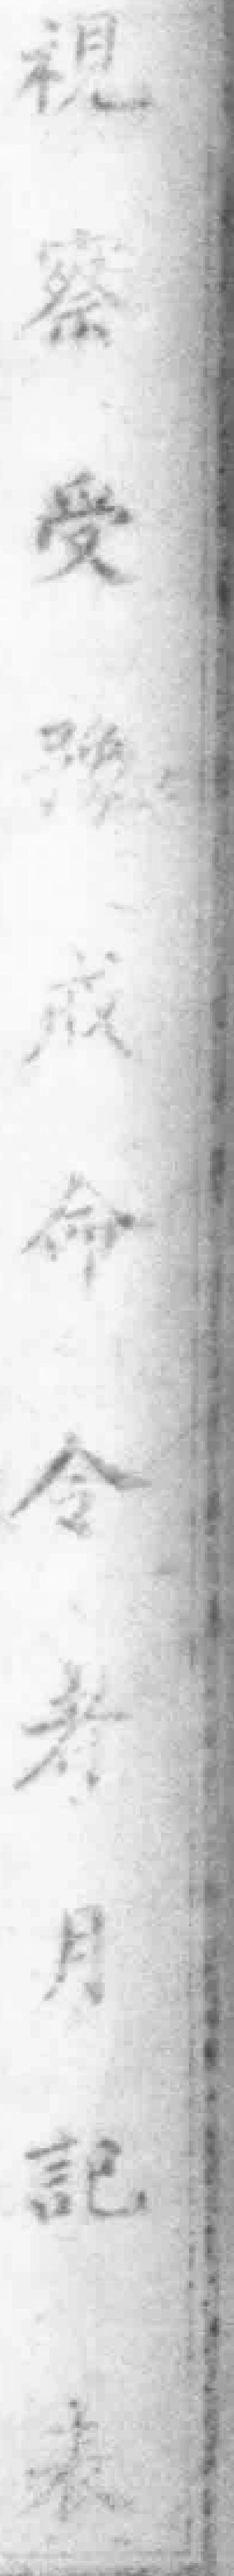
視察受豫戒命令者月記表